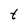
Character: t